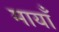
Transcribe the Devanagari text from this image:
मायाँ